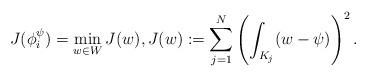
LaTeX: \begin{align*}J(\phi_i^\psi)&=\min_{ w\in W}J(w),J(w):=\sum_{j=1}^N\left(\int_{K_{j}}(w-\psi)\right)^2.\end{align*}